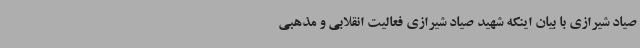
صیاد شیرازی با بیان اینکه شهید صیاد شیرازی فعالیت انقلابی و مذهبی